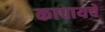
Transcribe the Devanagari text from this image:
कापायचे